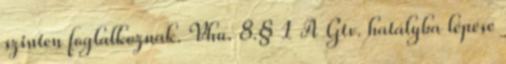
szinten foglalkoznak. Vhu. 8.§ 1 A Gtv. hatályba lépése